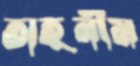
তাহনীম